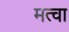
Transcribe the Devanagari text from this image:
मत्वा